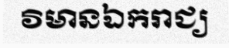
វិមានឯករាជ្យ